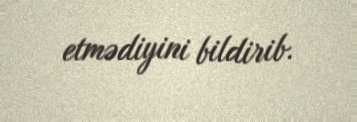
etmədiyini bildirib.